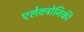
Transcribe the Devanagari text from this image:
एलेक्ट्रोनिकी